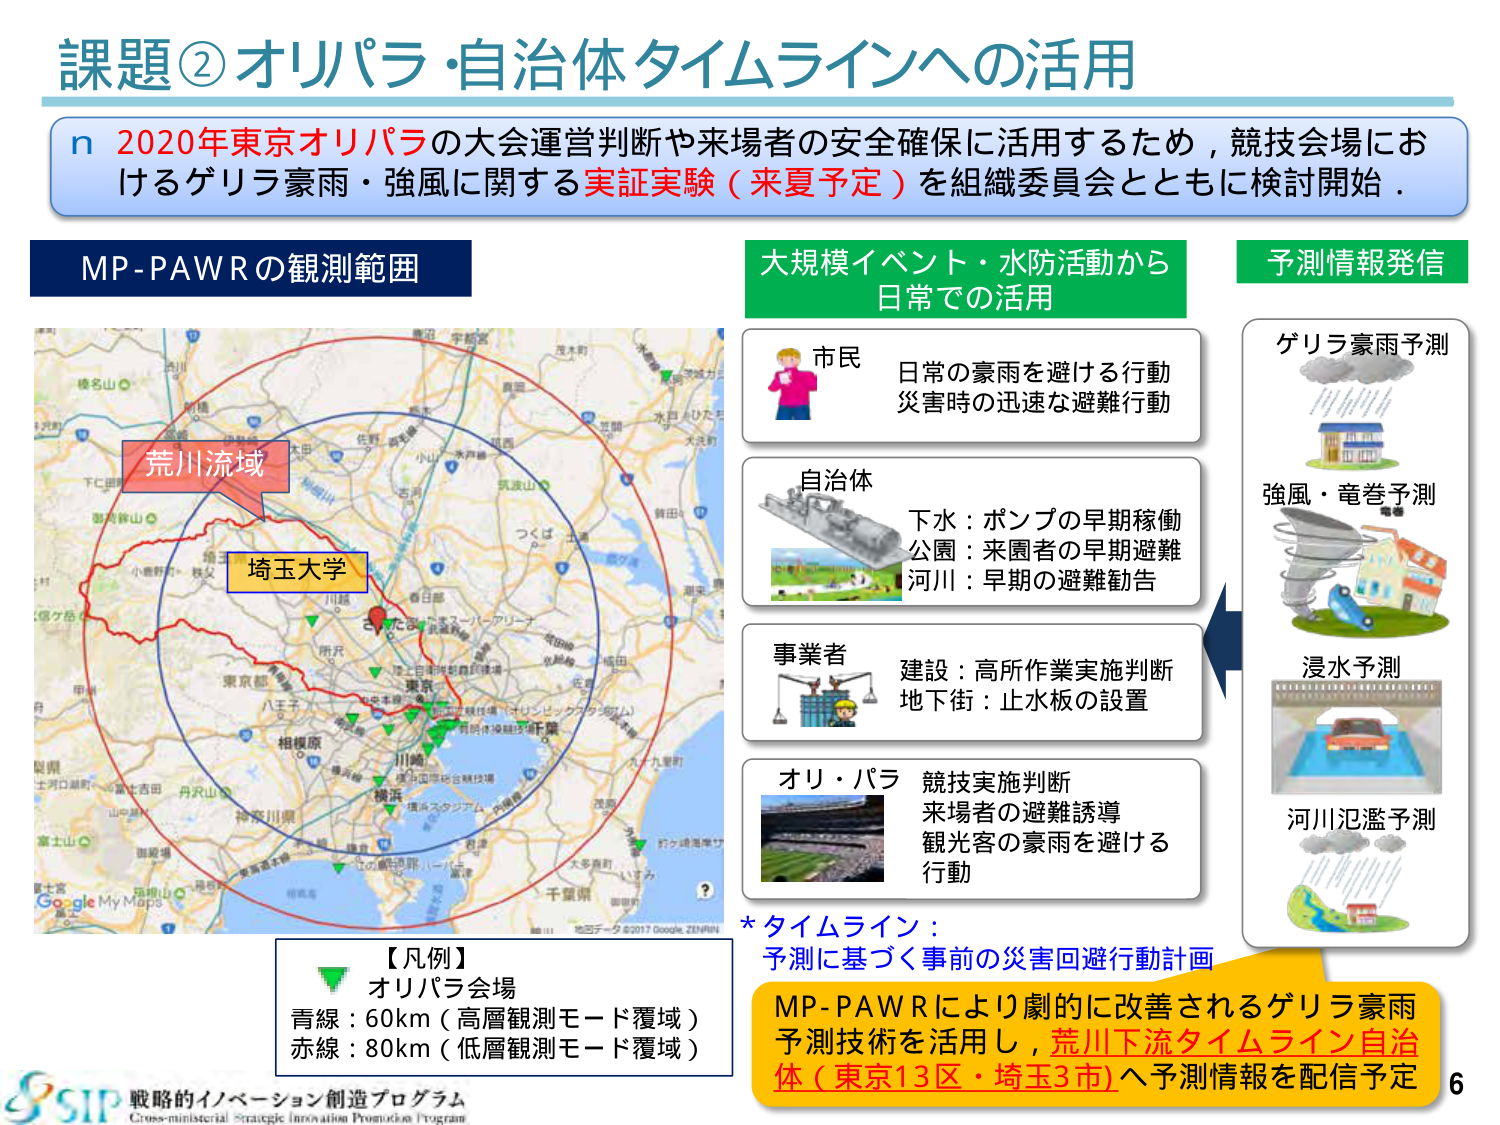
課題②オリパラ・自治体タイムラインへの活用

n 2020年東京オリパラの大会運営判断や来場者の安全確保に活用するため，競技会場におけるゲリラ豪雨・強風に関する実証実験（来夏予定）を組織委員会とともに検討開始．

MP-PAWRの観測範囲

荒川流域
埼玉大学

【凡例】
▼ オリパラ会場
青線：60km（高層観測モード覆域）
赤線：80km（低層観測モード覆域）

大規模イベント・水防活動から日常での活用

市民
日常の豪雨を避ける行動
災害時の迅速な避難行動

自治体
下水：ポンプの早期稼働
公園：来園者の早期避難
河川：早期の避難勧告

事業者
建設：高所作業実施判断
地下街：止水板の設置

オリ・パラ
競技実施判断
来場者の避難誘導
観光客の豪雨を避ける行動

予測情報発信

ゲリラ豪雨予測

強風・竜巻予測

浸水予測

河川氾濫予測

*タイムライン：
予測に基づく事前の災害回避行動計画

MP-PAWRにより劇的に改善されるゲリラ豪雨予測技術を活用し，荒川下流タイムライン自治体（東京13区・埼玉3市）へ予測情報を配信予定

SIP 戦略的イノベーション創造プログラム
Cross-ministerial Strategic Innovation Promotion Program

6